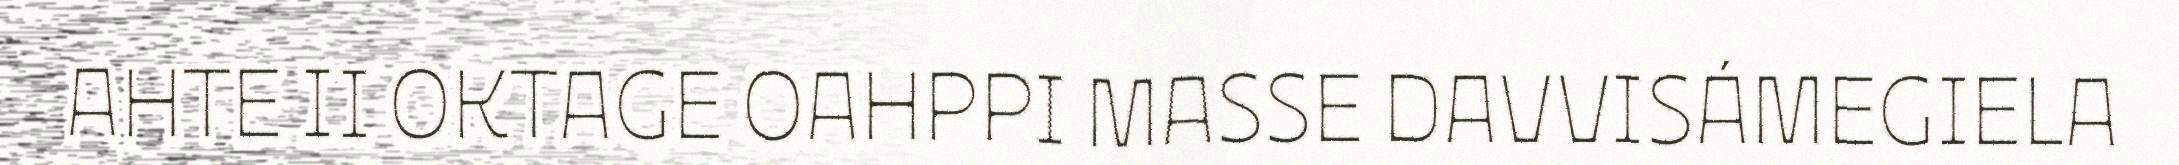
AHTE II OKTAGE OAHPPI MASSE DAVVISÁMEGIELA